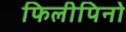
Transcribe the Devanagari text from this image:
फिलीपिनो